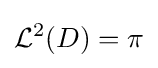
{\mathcal {L}}^{2}(D)=\pi